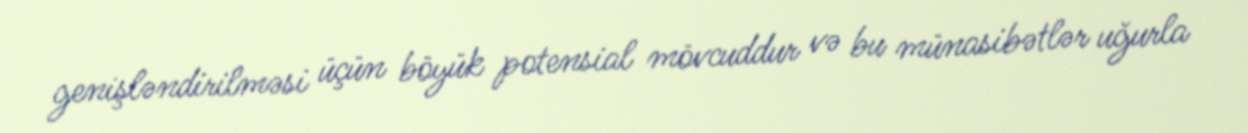
genişləndirilməsi üçün böyük potensial mövcuddur və bu münasibətlər uğurla